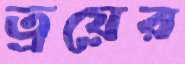
ত্রয়ের